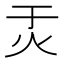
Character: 𬉶